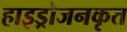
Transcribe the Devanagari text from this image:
हाइड्रोजनकृत